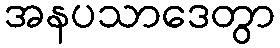
အနပသာဒေတွာ